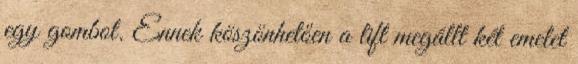
egy gombot. Ennek köszönhetően a lift megállt két emelet